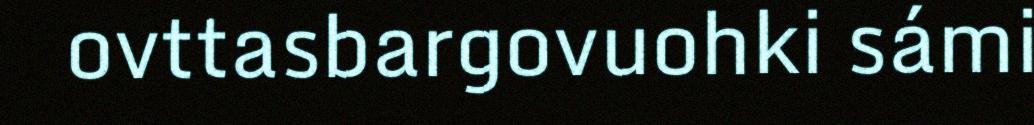
ovttasbargovuohki sámi